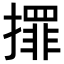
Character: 𢶀